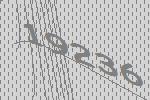
19236